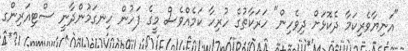
"އަނިޔާވެރިކަމާ ދެކޮޅަށް ދިވެހިން" ހަރަކާތުގެ ހުރިހާ ކަމެއްވެސް މީގެ ފަހުން ހިނގަމުންދާނީ ސްޓިއަރިންގ